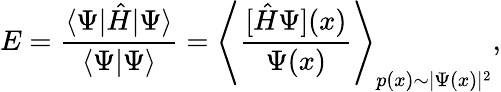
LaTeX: E=\frac{\langle\Psi|\hat{H}|\Psi\rangle}{\langle\Psi|\Psi\rangle}=\left\langle\frac{[\hat{H}\Psi](x)}{\Psi(x)}\right\rangle_{p(x)\sim|\Psi(x)|^{2}},